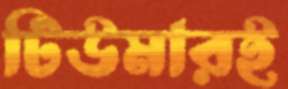
টিউমারই